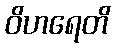
ဝိဟရေတိ